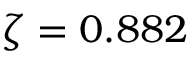
\zeta = 0 . 8 8 2